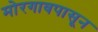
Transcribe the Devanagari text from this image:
मोरगावपासून